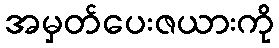
အမှတ်ပေးဇယားကို